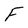
Character: F